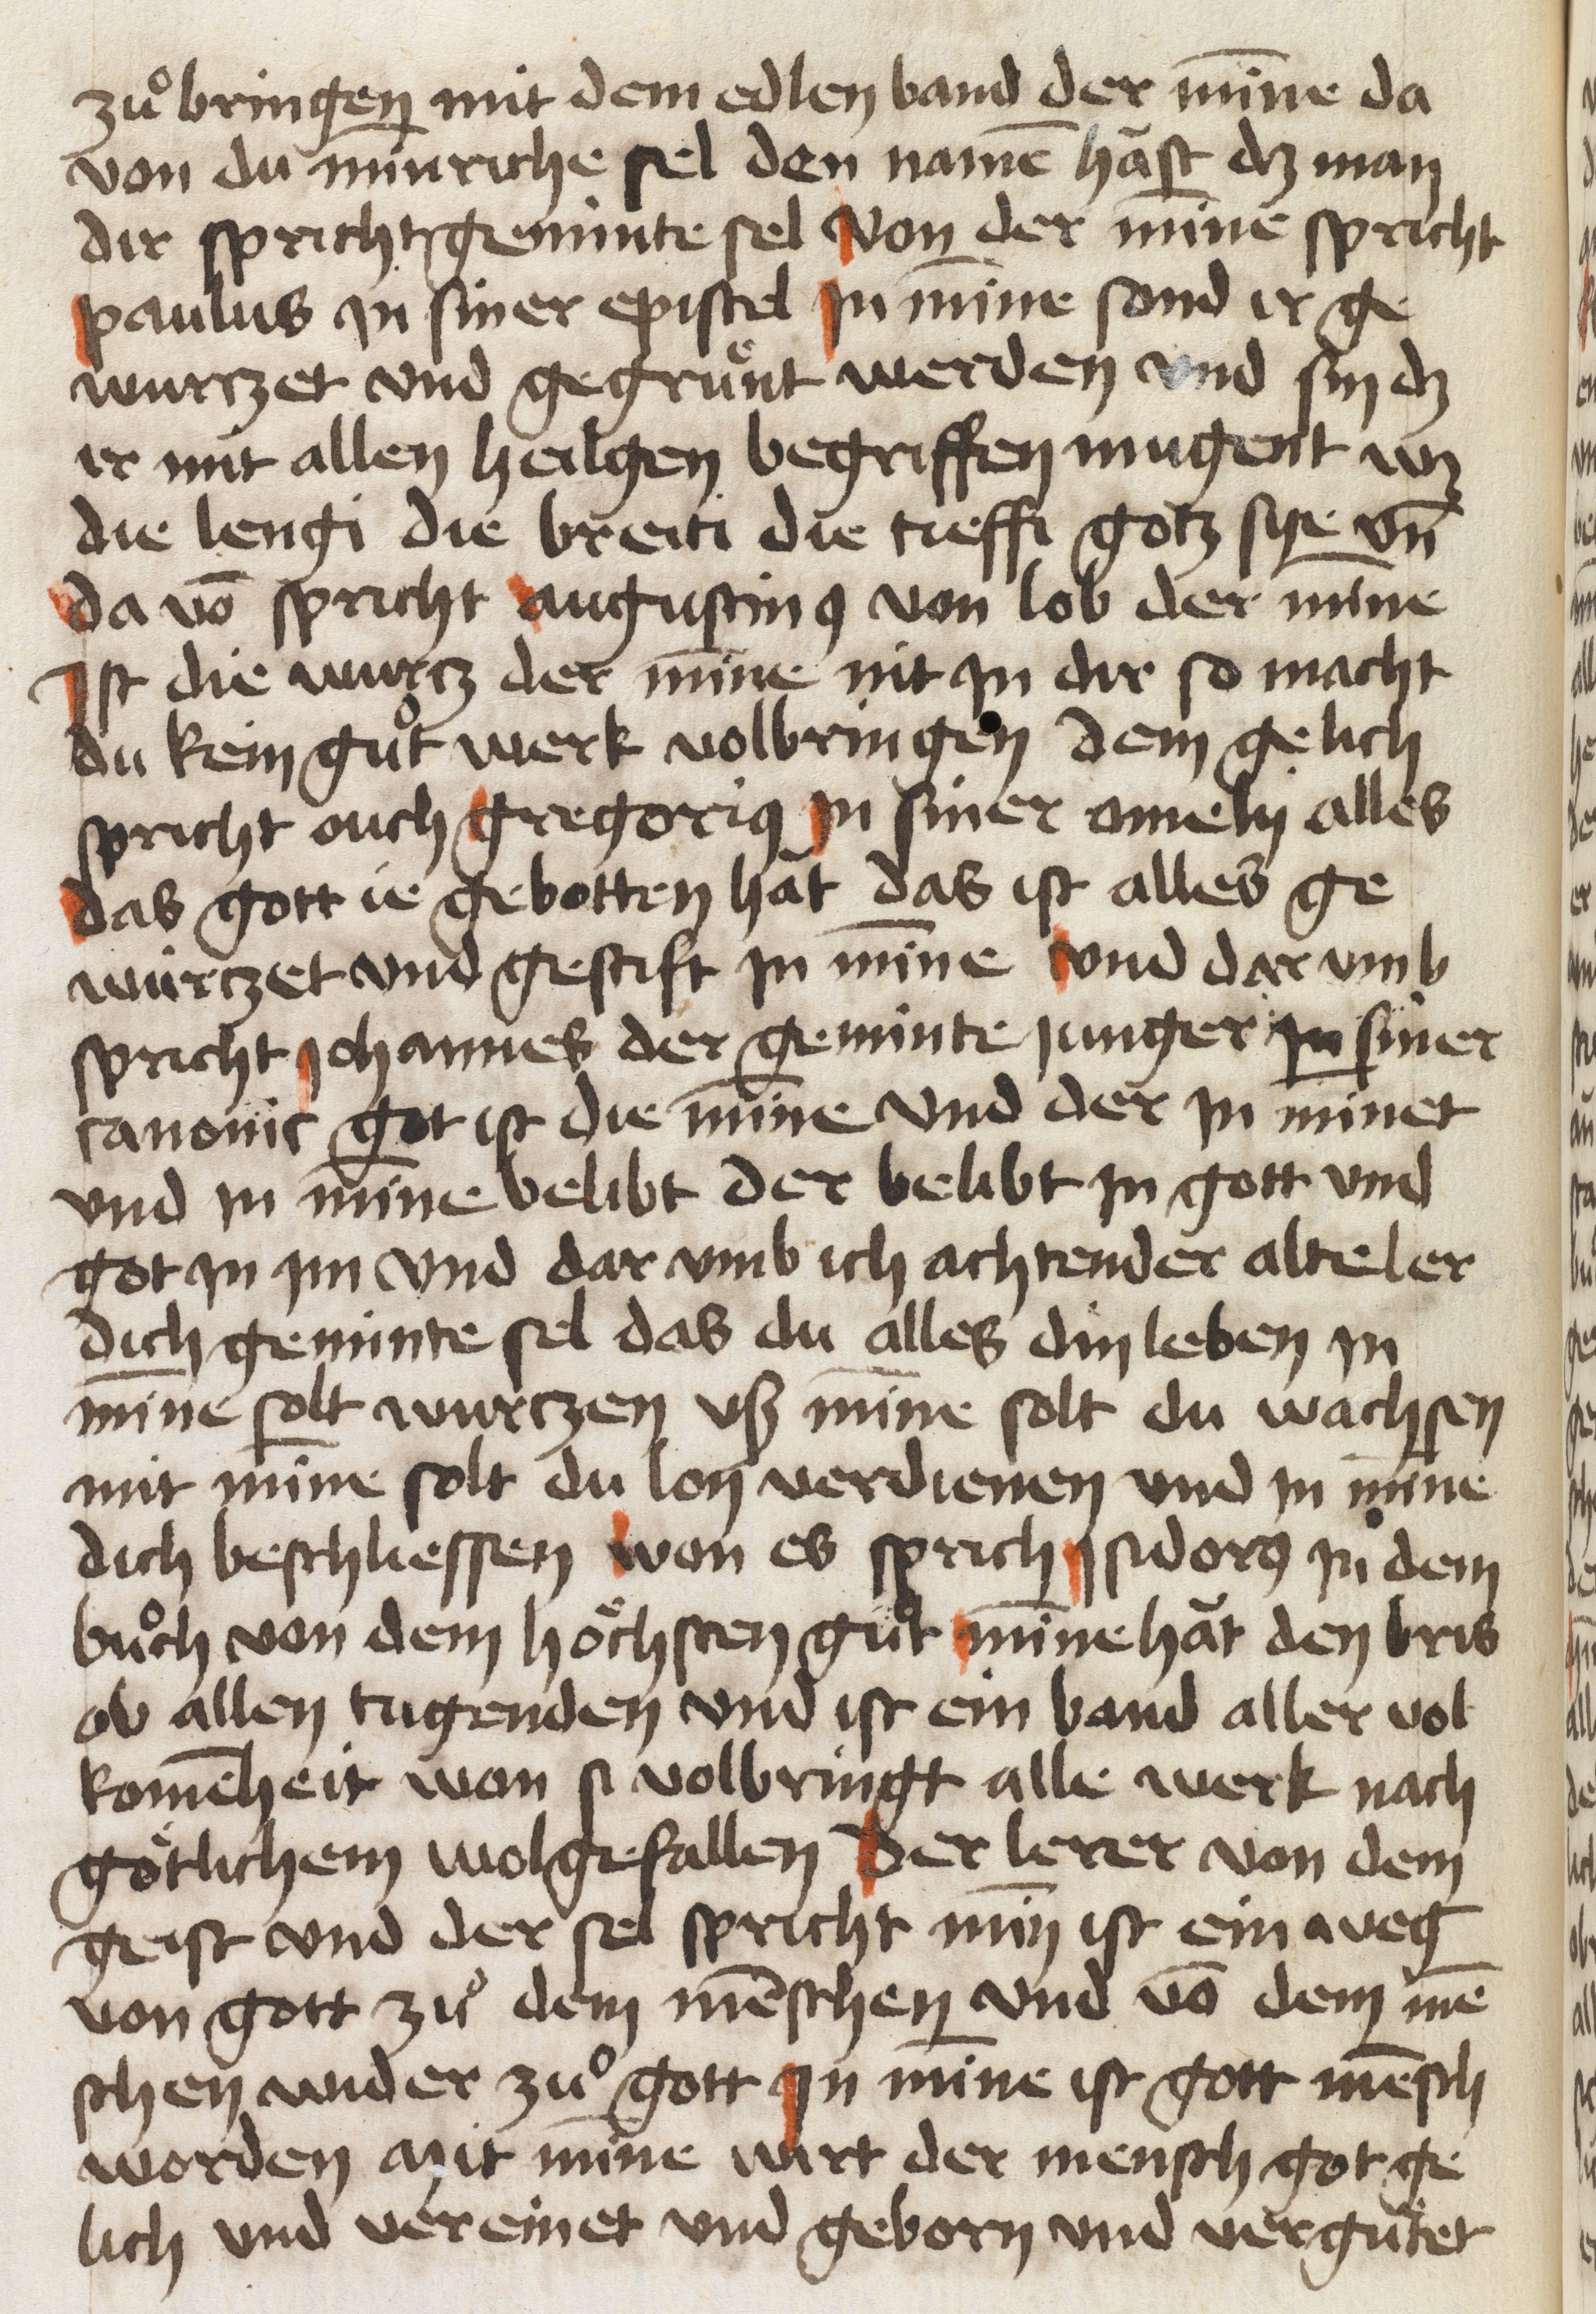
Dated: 1454–1454